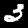
Label: 3